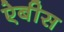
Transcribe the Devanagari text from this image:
ऐबीस